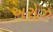
અરોઝ